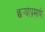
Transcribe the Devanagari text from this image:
छर्‍यांप्रमाणे